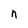
Character: n